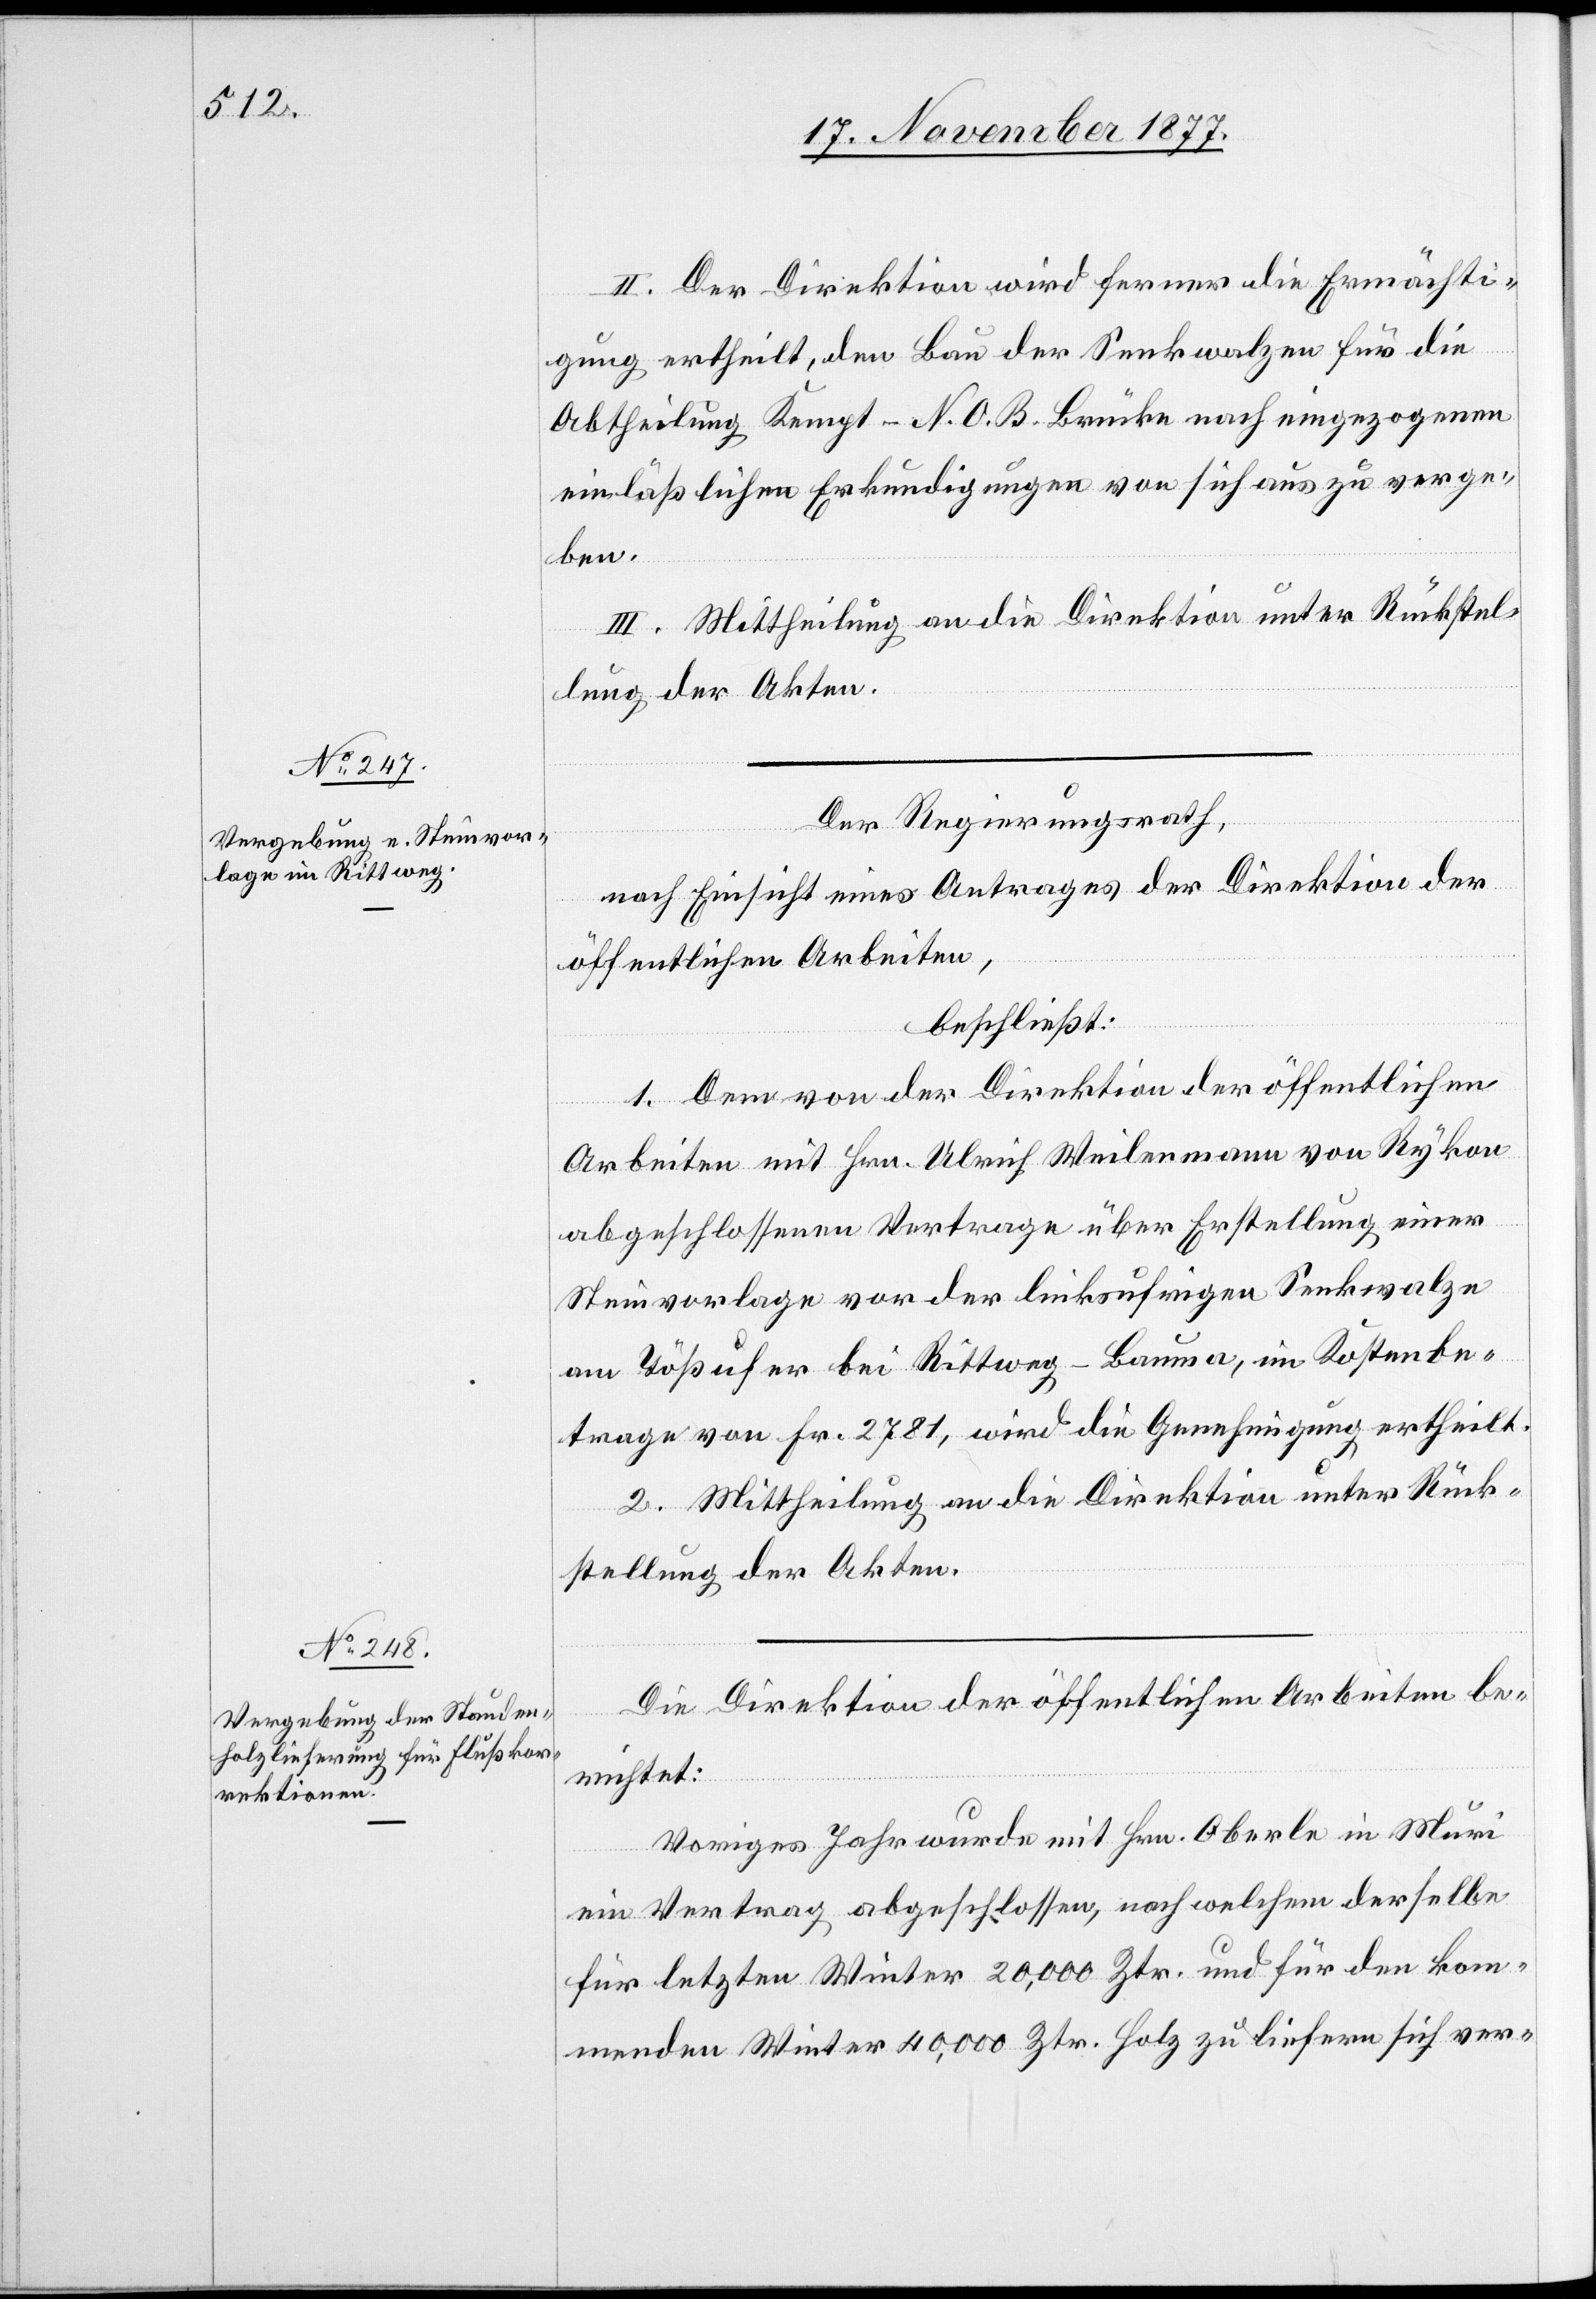
II. Der Direktion wird ferner die Ermächti¬
gung ertheilt, den Bau der Senkwalzen für die
Abtheilung Kempt–N. O. B. Brücke nach eingezogenen
einläßlichen Erkundigungen von sich aus zu verge¬
ben.
III. Mittheilung an die Direktion unter Rückstel¬
lung der Akten.
Der Regierungsrath,
nach Einsicht eines Antrages der Direktion der
öffentlichen Arbeiten,
beschließt:
1. Dem von der Direktion der öffentlichen
Arbeiten mit Hrn. Ulrich Weilenmann von Rykon
abgeschlossenen Vertrage über Erstellung einer
Steinvorlage vor der linksufrigen Senkwalze
am Tößufer bei Rittweg - Bauma, im Kostenbe¬
trage von Fr. 2781, wird die Genehmigung ertheilt.
2. Mittheilung an die Direktion unter Rück¬
stellung der Akten.
Die Direktion der öffentlichen Arbeiten be¬
richtet:
Voriges Jahr wurde mit Hrn. Oberle in Muri
ein Vertrag abgeschlossen, nach welchem derselbe
für letzten Winter 20,000 Ztr. und für den kom¬
menden Winter 40,000 Ztr. Holz zu liefern sich ver-